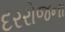
દરરોજના